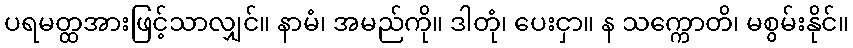
ပရမတ္ထအားဖြင့်သာလျှင်။ နာမံ၊ အမည်ကို။ ဒါတုံ၊ ပေးငှာ။ န သက္ကောတိ၊ မစွမ်းနိုင်။